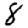
Digit: 8